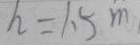
h = 1 . 5 m